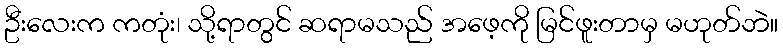
ဦးလေးက ကတုံး၊ သို့ရာတွင် ဆရာမသည် အဖေ့ကို မြင်ဖူးတာမှ မဟုတ်ဘဲ။